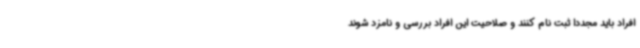
افراد باید مجدداً ثبت نام کنند و صلاحیت این افراد بررسی و نامزد شوند